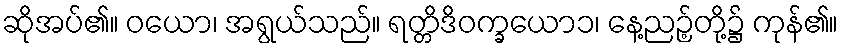
ဆိုအပ်၏။ ဝယော၊ အရွယ်သည်။ ရတ္တိဒိဝက္ခယော၁၊ နေ့ညဉ့်တို့၌ ကုန်၏။